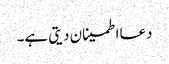
دعا اطمینان دیتی ہے۔